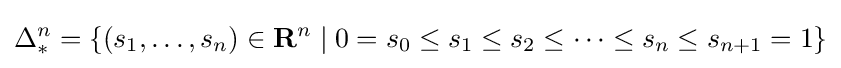
\Delta _{*}^{n}=\left\{(s_{1},\ldots ,s_{n})\in \mathbf {R} ^{n}\mid 0=s_{0}\leq s_{1}\leq s_{2}\leq \dots \leq s_{n}\leq s_{n+1}=1\right\}